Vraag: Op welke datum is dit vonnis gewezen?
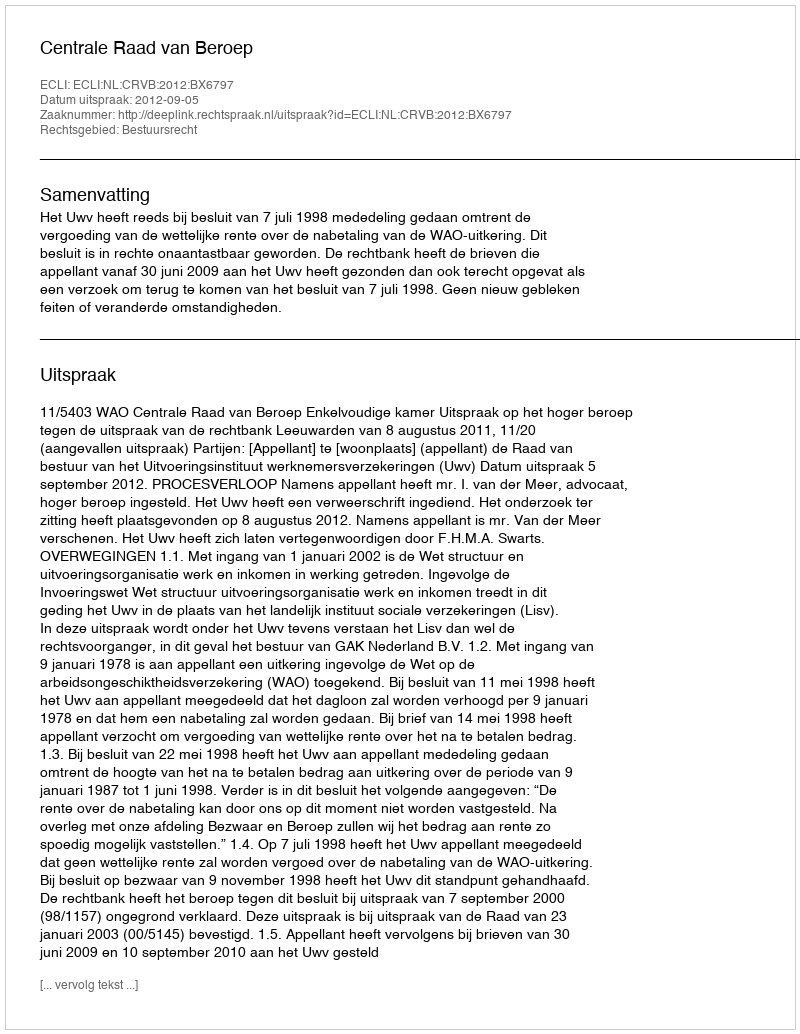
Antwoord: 2012-09-05